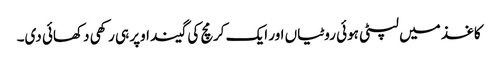
کاغذ میں لپٹی ہوئی روٹیاں اور ایک کرمچ کی گیند اوپر ہی رکھی دکھائی دی۔